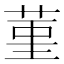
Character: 菫